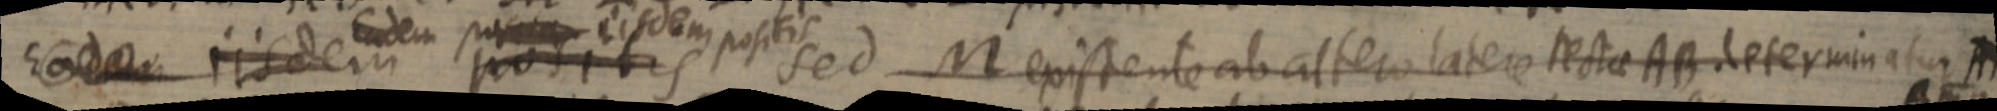
Eodem iisdem Eudem positis eisdem positis sed M existente ab altero latere rectae AB determinatur